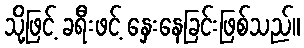
သို့ဖြင့် ခရီးဖင့် နှေးနေခြင်းဖြစ်သည်။